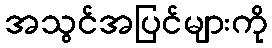
အသွင်အပြင်များကို